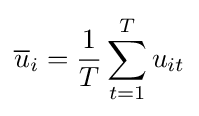
{\overline {u}}_{i}={\frac {1}{T}}\sum \limits _{t=1}^{T}u_{it}